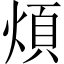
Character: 煩